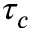
\tau _ { c }